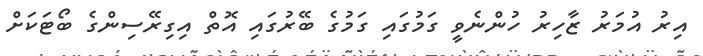
އިރު އުމަރު ޒާހިރު ހުންނެވީ ގަމުގައި ގަމުގެ ބޭރުގައި އޮތް އިގިރޭސިންގެ ބޯޓަކަށް